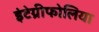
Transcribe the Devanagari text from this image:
इंटेग्रीफोलिया